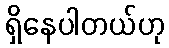
ရှိနေပါတယ်ဟု